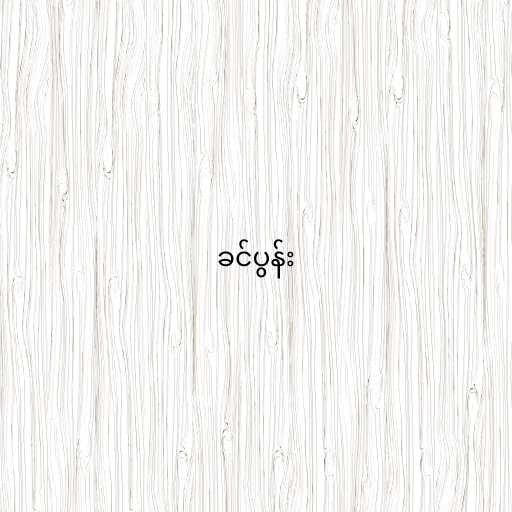
ခင်ပွန်း